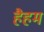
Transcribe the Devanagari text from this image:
हैहम